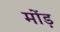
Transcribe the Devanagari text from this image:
मोंड़